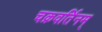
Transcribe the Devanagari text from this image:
चक्रवर्तिनम्